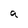
Character: a